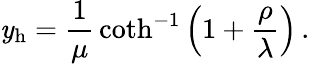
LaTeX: \mathit{y}_{\mathrm{{h}}}={\frac{{1}}{{\mu}}}\coth^{-1}\left(1+{\frac{{\rho}}{{\lambda}}}\right)\, .